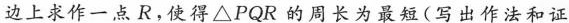
边上求作一点R，使得\triangle PQR的周长为最短(写出作法和证